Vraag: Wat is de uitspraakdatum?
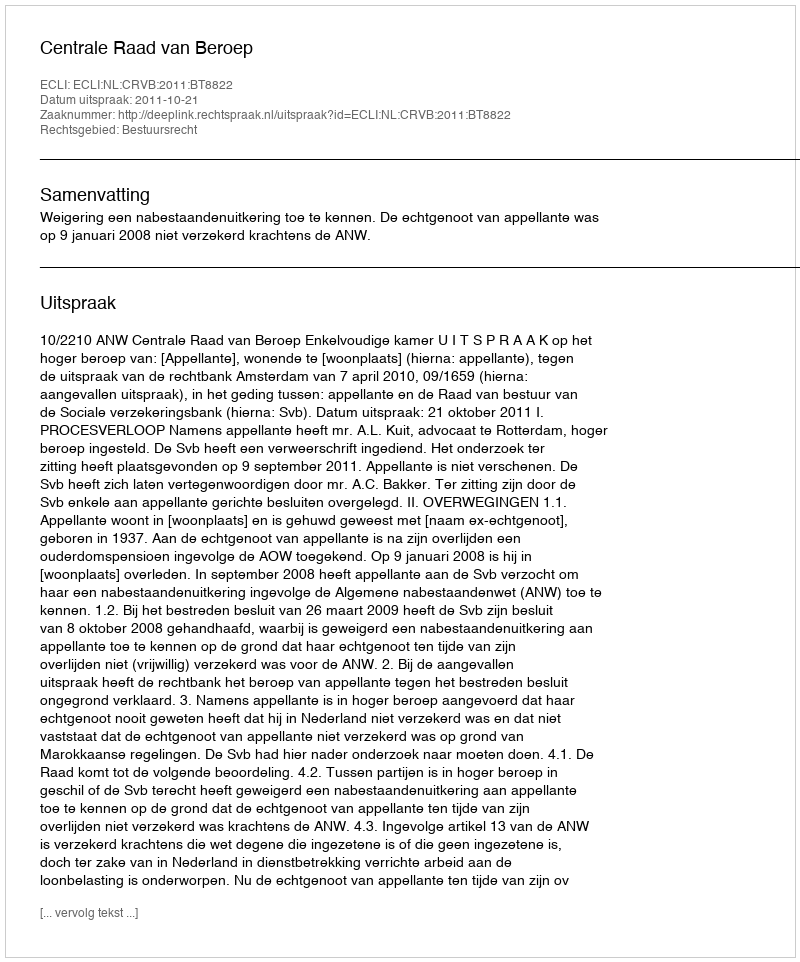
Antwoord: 2011-10-21